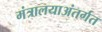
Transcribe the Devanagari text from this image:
मंत्रालयाअंतर्गत